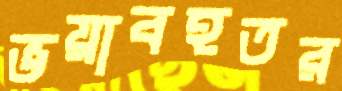
ভয়াবহতর